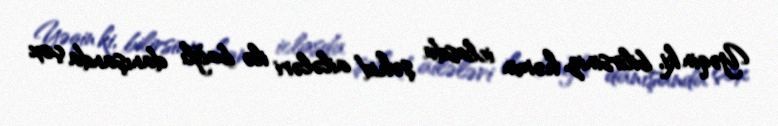
Yəqin ki, bilirsiniz, həmin iclasda şəhid ailələri ilə bağlı danışanda çox